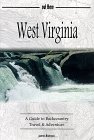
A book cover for West Virginia : A Guide to Backcountry Travel & Adventure; James Bannon; Travel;